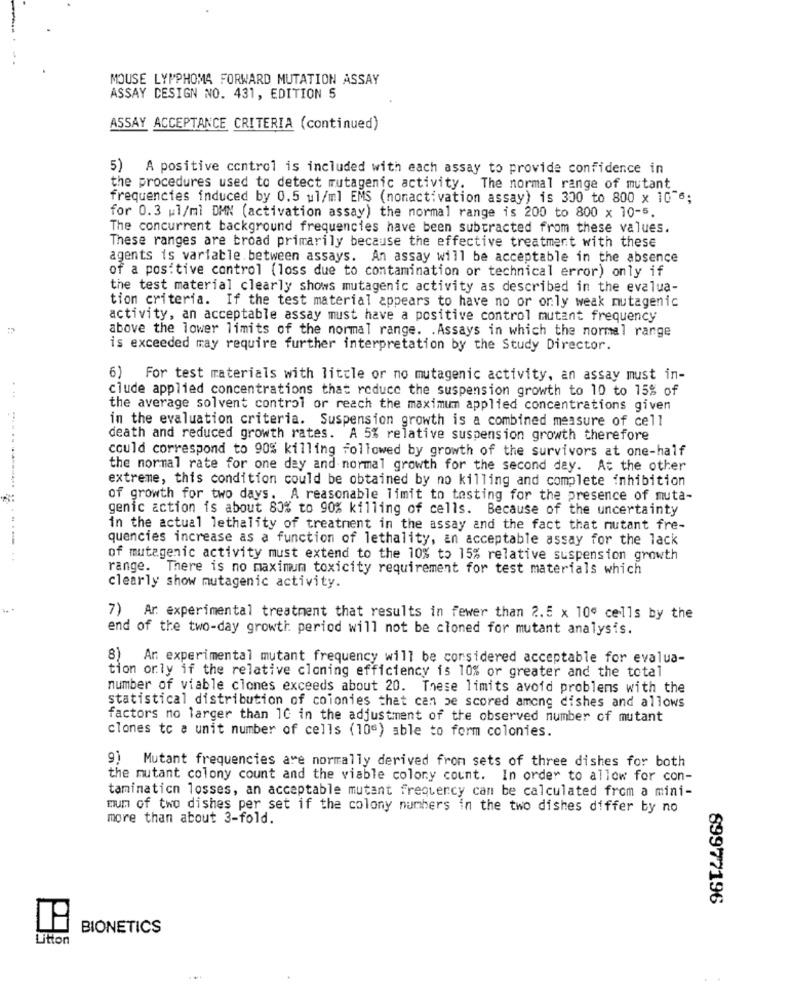
MOUSE LYMPHOMA FORWARD MUTATION ASSAY
ASSAY DESIGN NO. 431, EDITION 5
ASSAY ACCEPTANCE CRITERIA (continued)
5) A positive control is included with each assay to provide confidence in
the procedures used to detect mutagenic activity. The normal range of mutant
frequencies induced by 0.5 ul/ml EMS (nonactivation assay) is 300 to 800 x 1076;
for 0.3 ul/ml DMN (activation assay) the normal range is 200 to 800 x 10-5.
The concurrent background frequencies have been subtracted from these values.
These ranges are broad primarily because the effective treatment with these
agents is variable between assays. An assay will be acceptable in the absence
of a positive control (loss due to contamination or technical error) only if
the test material clearly shows mutagenic activity as described in the evalua-
tion criteria. If the test material appears to have no or only weak mutagenic
activity, an acceptable assay must have a positive control mutant frequency
above the lower limits of the normal range. . Assays in which the normal range
is exceeded may require further interpretation by the Study Director.
6)
For test materials with little or no mutagenic activity, an assay must in-
clude applied concentrations that reduce the suspension growth to 10 to 15% of
...
the average solvent control or reach the maximum applied concentrations given
in the evaluation criteria. Suspension growth is a combined measure of cell
death and reduced growth rates. A 5% relative suspension growth therefore
could correspond to 90% killing Followed by growth of the survivors at one-half
the normal rate for one day and normal growth for the second day. At the other
extreme, this condition could be obtained by no killing and complete inhibition
-------
of growth for two days. A reasonable limit to tasting for the presence of muta-
genic action is about 80% to 90% killing of cells. Because of the uncertainty
in the actual lethality of treatment in the assay and the fact that mutant fre-
quencies increase as a function of lethality, an acceptable assay for the lack
......
of mutagenic activity must extend to the 10% to 15% relative suspension growth
range. There is no maximum toxicity requirement for test materials which
clearly show mutagenic activity.
7) Ar experimental treatment that results in fewer than 2.5 x 10" cells by the
end of the two-day growth period will not be cloned for mutant analysis.
8) An experimental mutant frequency will be considered acceptable for evalua-
tion only if the relative cloning efficiency is 10% or greater and the total
number of viable clones exceeds about 20. These limits avoid problems with the
statistical distribution of colonies that can be scored among dishes and allows
factors no larger than 10 in the adjustment of the observed number of mutant
clones to a unit number of cells (106) able to form colonies.
9) Mutant frequencies are normally derived from sets of three dishes for both
the mutant colony count and the viable colony count. In order to allow for con-
taminaticn losses, an acceptable mutant frequency can be calculated from a mini-
mum of two dishes per set if the colony numbers in the two dishes differ by no
more than about 3-fold.
89977196
BIONETICS
Litton